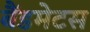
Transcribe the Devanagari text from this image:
बैंडमेटस